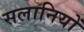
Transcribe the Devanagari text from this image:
सलानियों